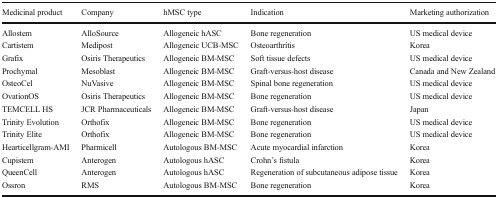
<table><thead><tr><td><b>Medicinal product</b></td><td><b>Company</b></td><td><b>hMSC type</b></td><td><b>Indication</b></td><td><b>Marketing authorization</b></td></tr></thead><tbody><tr><td>Allostem</td><td>AlloSource</td><td>Allogeneic hASC</td><td>Bone regeneration</td><td>US medical device</td></tr><tr><td>Cartistem</td><td>Medipost</td><td>Allogeneic UCB-MSC</td><td>Osteoarthritis</td><td>Korea</td></tr><tr><td>Grafix</td><td>Osiris Therapeutics</td><td>Allogeneic BM-MSC</td><td>Soft tissue defects</td><td>US medical device</td></tr><tr><td>Prochymal</td><td>Mesoblast</td><td>Allogeneic BM-MSC</td><td>Graft-versus-host disease</td><td>Canada and New Zealand</td></tr><tr><td>OsteoCel</td><td>NuVasive</td><td>Allogeneic BM-MSC</td><td>Spinal bone regeneration</td><td>US medical device</td></tr><tr><td>OvationOS</td><td>Osiris Therapeutics</td><td>Allogeneic BM-MSC</td><td>Bone regeneration</td><td>US medical device</td></tr><tr><td>TEMCELL HS</td><td>JCR Pharmaceuticals</td><td>Allogeneic BM-MSC</td><td>Graft-versus-host disease</td><td>Japan</td></tr><tr><td>Trinity Evolution</td><td>Orthofix</td><td>Allogeneic BM-MSC</td><td>Bone regeneration</td><td>US medical device</td></tr><tr><td>Trinity Elite</td><td>Orthofix</td><td>Allogeneic BM-MSC</td><td>Bone regeneration</td><td>US medical device</td></tr><tr><td>Hearticellgram-AMI</td><td>Pharmicell</td><td>Autologous BM-MSC</td><td>Acute myocardial infarction</td><td>Korea</td></tr><tr><td>Cupistem</td><td>Anterogen</td><td>Autologous hASC</td><td>Crohn’s fistula</td><td>Korea</td></tr><tr><td>QueenCell</td><td>Anterogen</td><td>Autologous hASC</td><td>Regeneration of subcutaneous adipose tissue</td><td>Korea</td></tr><tr><td>Ossron</td><td>RMS</td><td>Autologous BM-MSC</td><td>Bone regeneration</td><td>Korea</td></tr></tbody></table>